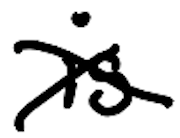
Text: is
Cross-out: cross
Writing tool: digital_black